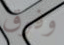
وفوق